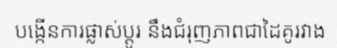
បង្កើនការផ្លាស់ប្តូរ នឹងជំរុញភាពជាដៃគូរវាង